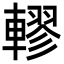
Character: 轇